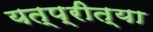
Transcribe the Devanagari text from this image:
यत्प्रीत्या